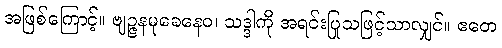
အဖြစ်ကြောင့်။ ဗျဉ္ဇနမုခေနေဝ၊ သဒ္ဒါကို အရင်းပြုသဖြင့်သာလျှင်။ ဧတေ